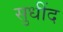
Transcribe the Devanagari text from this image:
सुधींद